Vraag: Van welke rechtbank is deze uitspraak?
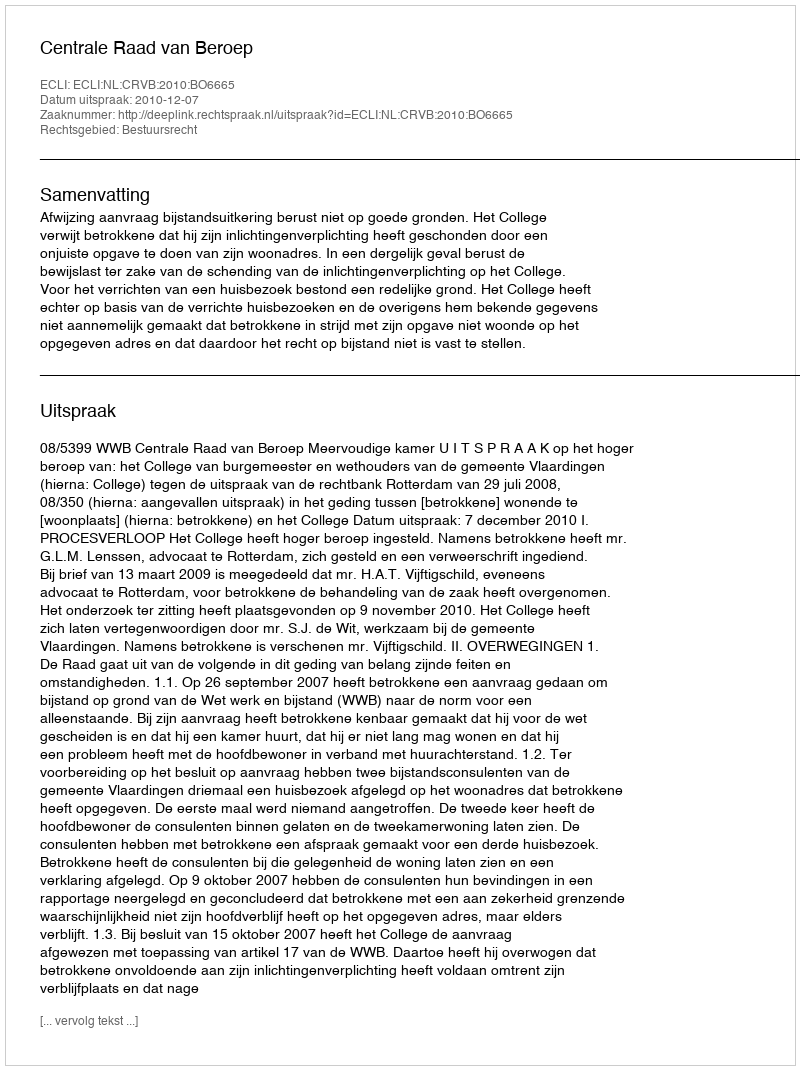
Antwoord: Centrale Raad van Beroep